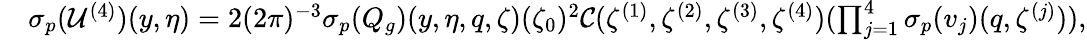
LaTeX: \begin{array}{rl}&{{{\sigma_{p}}}(\mathcal{U}^{(4)})(y,\eta)=2(2\pi)^{-3}{{\sigma_{p}}}({Q}_{g})(y,\eta,q,\zeta)(\zeta_{0})^{2}\mathcal{C}(\zeta^{(1)},\zeta^{(2)},\zeta^{(3)},\zeta^{(4)})(\prod_{j=1}^{4}{{\sigma_{p}}}(v_{j})(q,\zeta^{(j)})),}\end{array}